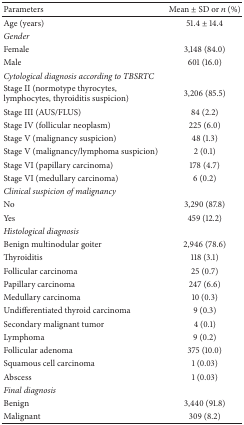
<table><thead><tr><td><b>Parameters</b></td><td><b>Mean ± SD or <i>n</i> (%)</b></td></tr></thead><tbody><tr><td>Age (years)</td><td>51.4 ± 14.4</td></tr><tr><td><i>Gender</i></td><td>[EMPTY_CELL]</td></tr><tr><td>Female</td><td>3,148 (84.0)</td></tr><tr><td>Male</td><td>601 (16.0)</td></tr><tr><td><i>Cytological diagnosis according to TBSRTC</i></td><td>[EMPTY_CELL]</td></tr><tr><td>Stage II (normotype thyrocytes, lymphocytes, thyroiditis suspicion)</td><td>3,206 (85.5)</td></tr><tr><td>Stage III (AUS/FLUS)</td><td>84 (2.2)</td></tr><tr><td>Stage IV (follicular neoplasm)</td><td>225 (6.0)</td></tr><tr><td>Stage V (malignancy suspicion)</td><td>48 (1.3)</td></tr><tr><td>Stage V (malignancy/lymphoma suspicion)</td><td>2 (0.1)</td></tr><tr><td>Stage VI (papillary carcinoma)</td><td>178 (4.7)</td></tr><tr><td>Stage VI (medullary carcinoma)</td><td>6 (0.2)</td></tr><tr><td><i>Clinical suspicion of malignancy</i></td><td>[EMPTY_CELL]</td></tr><tr><td>No</td><td>3,290 (87.8)</td></tr><tr><td>Yes</td><td>459 (12.2)</td></tr><tr><td><i>Histological diagnosis</i></td><td>[EMPTY_CELL]</td></tr><tr><td>Benign multinodular goiter</td><td>2,946 (78.6)</td></tr><tr><td>Thyroiditis</td><td>118 (3.1)</td></tr><tr><td>Follicular carcinoma</td><td>25 (0.7)</td></tr><tr><td>Papillary carcinoma</td><td>247 (6.6)</td></tr><tr><td>Medullary carcinoma</td><td>10 (0.3)</td></tr><tr><td>Undifferentiated thyroid carcinoma</td><td>9 (0.3)</td></tr><tr><td>Secondary malignant tumor</td><td>4 (0.1)</td></tr><tr><td>Lymphoma</td><td>9 (0.2)</td></tr><tr><td>Follicular adenoma</td><td>375 (10.0)</td></tr><tr><td>Squamous cell carcinoma</td><td>1 (0.03)</td></tr><tr><td>Abscess</td><td>1 (0.03)</td></tr><tr><td><i>Final diagnosis</i></td><td>[EMPTY_CELL]</td></tr><tr><td>Benign</td><td>3,440 (91.8)</td></tr><tr><td>Malignant</td><td>309 (8.2)</td></tr></tbody></table>